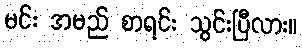
မင်း အမည် စာရင်း သွင်းပြီလား။